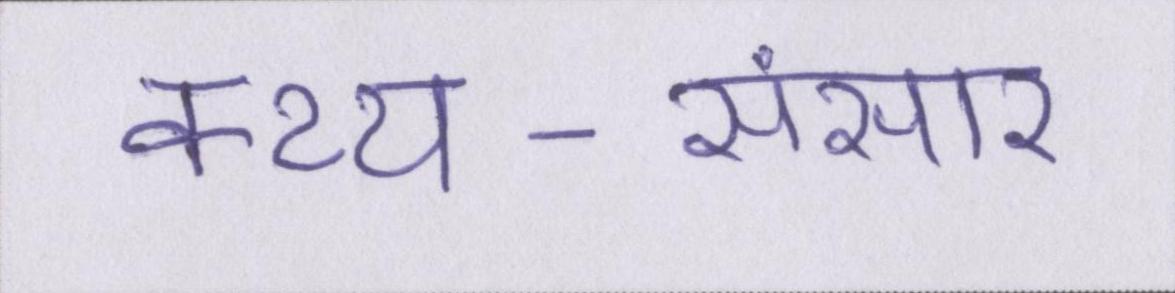
कथ्य-संसार